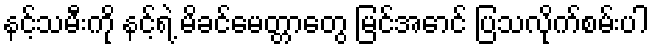
နင့်သမီးကို နင့်ရဲ့ မိခင်မေတ္တာတွေ မြင်အောင် ပြသလိုက်စမ်းပါ